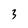
Character: 3